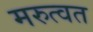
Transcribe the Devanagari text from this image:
मरुत्वत